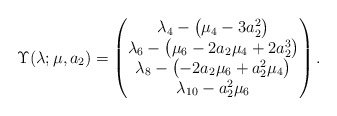
\begin{align*} \Upsilon(\lambda;\mu,a_2) = \begin{pmatrix} \lambda_4 -\big(\mu_4 - 3 a_2^2\big)\\ \lambda_6 -\big(\mu_6 - 2 a_2 \mu_4 + 2a_2^3 \big)\\ \lambda_8 -\big({-} 2a_2 \mu_6 + a_2^2 \mu_4\big) \\ \lambda_{10} - a_2^2 \mu_6 \end{pmatrix}.\end{align*}